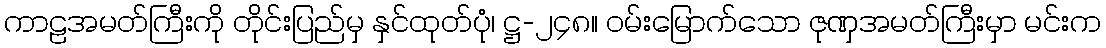
ကာဠအမတ်ကြီးကို တိုင်းပြည်မှ နှင်ထုတ်ပုံ၊ ဋ္ဌ-၂၄၈။ ဝမ်းမြောက်သော ဇုဏှအမတ်ကြီးမှာ မင်းက